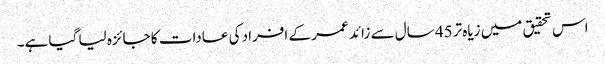
اس تحقیق میں زیاہ تر45 سال سے زائد عمر کے افراد کی عادات کا جائزہ لیا گیا ہے۔